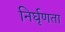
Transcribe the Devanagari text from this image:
निर्घृणता